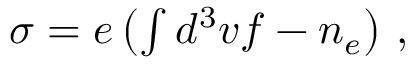
\begin{array} { r } { \sigma = e \left( \int d ^ { 3 } v f - n _ { e } \right) \, , } \end{array}